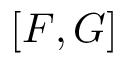
[ F , G ]